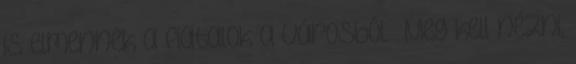
is elmennek a fiatalok a városból. „Meg kell nézni,